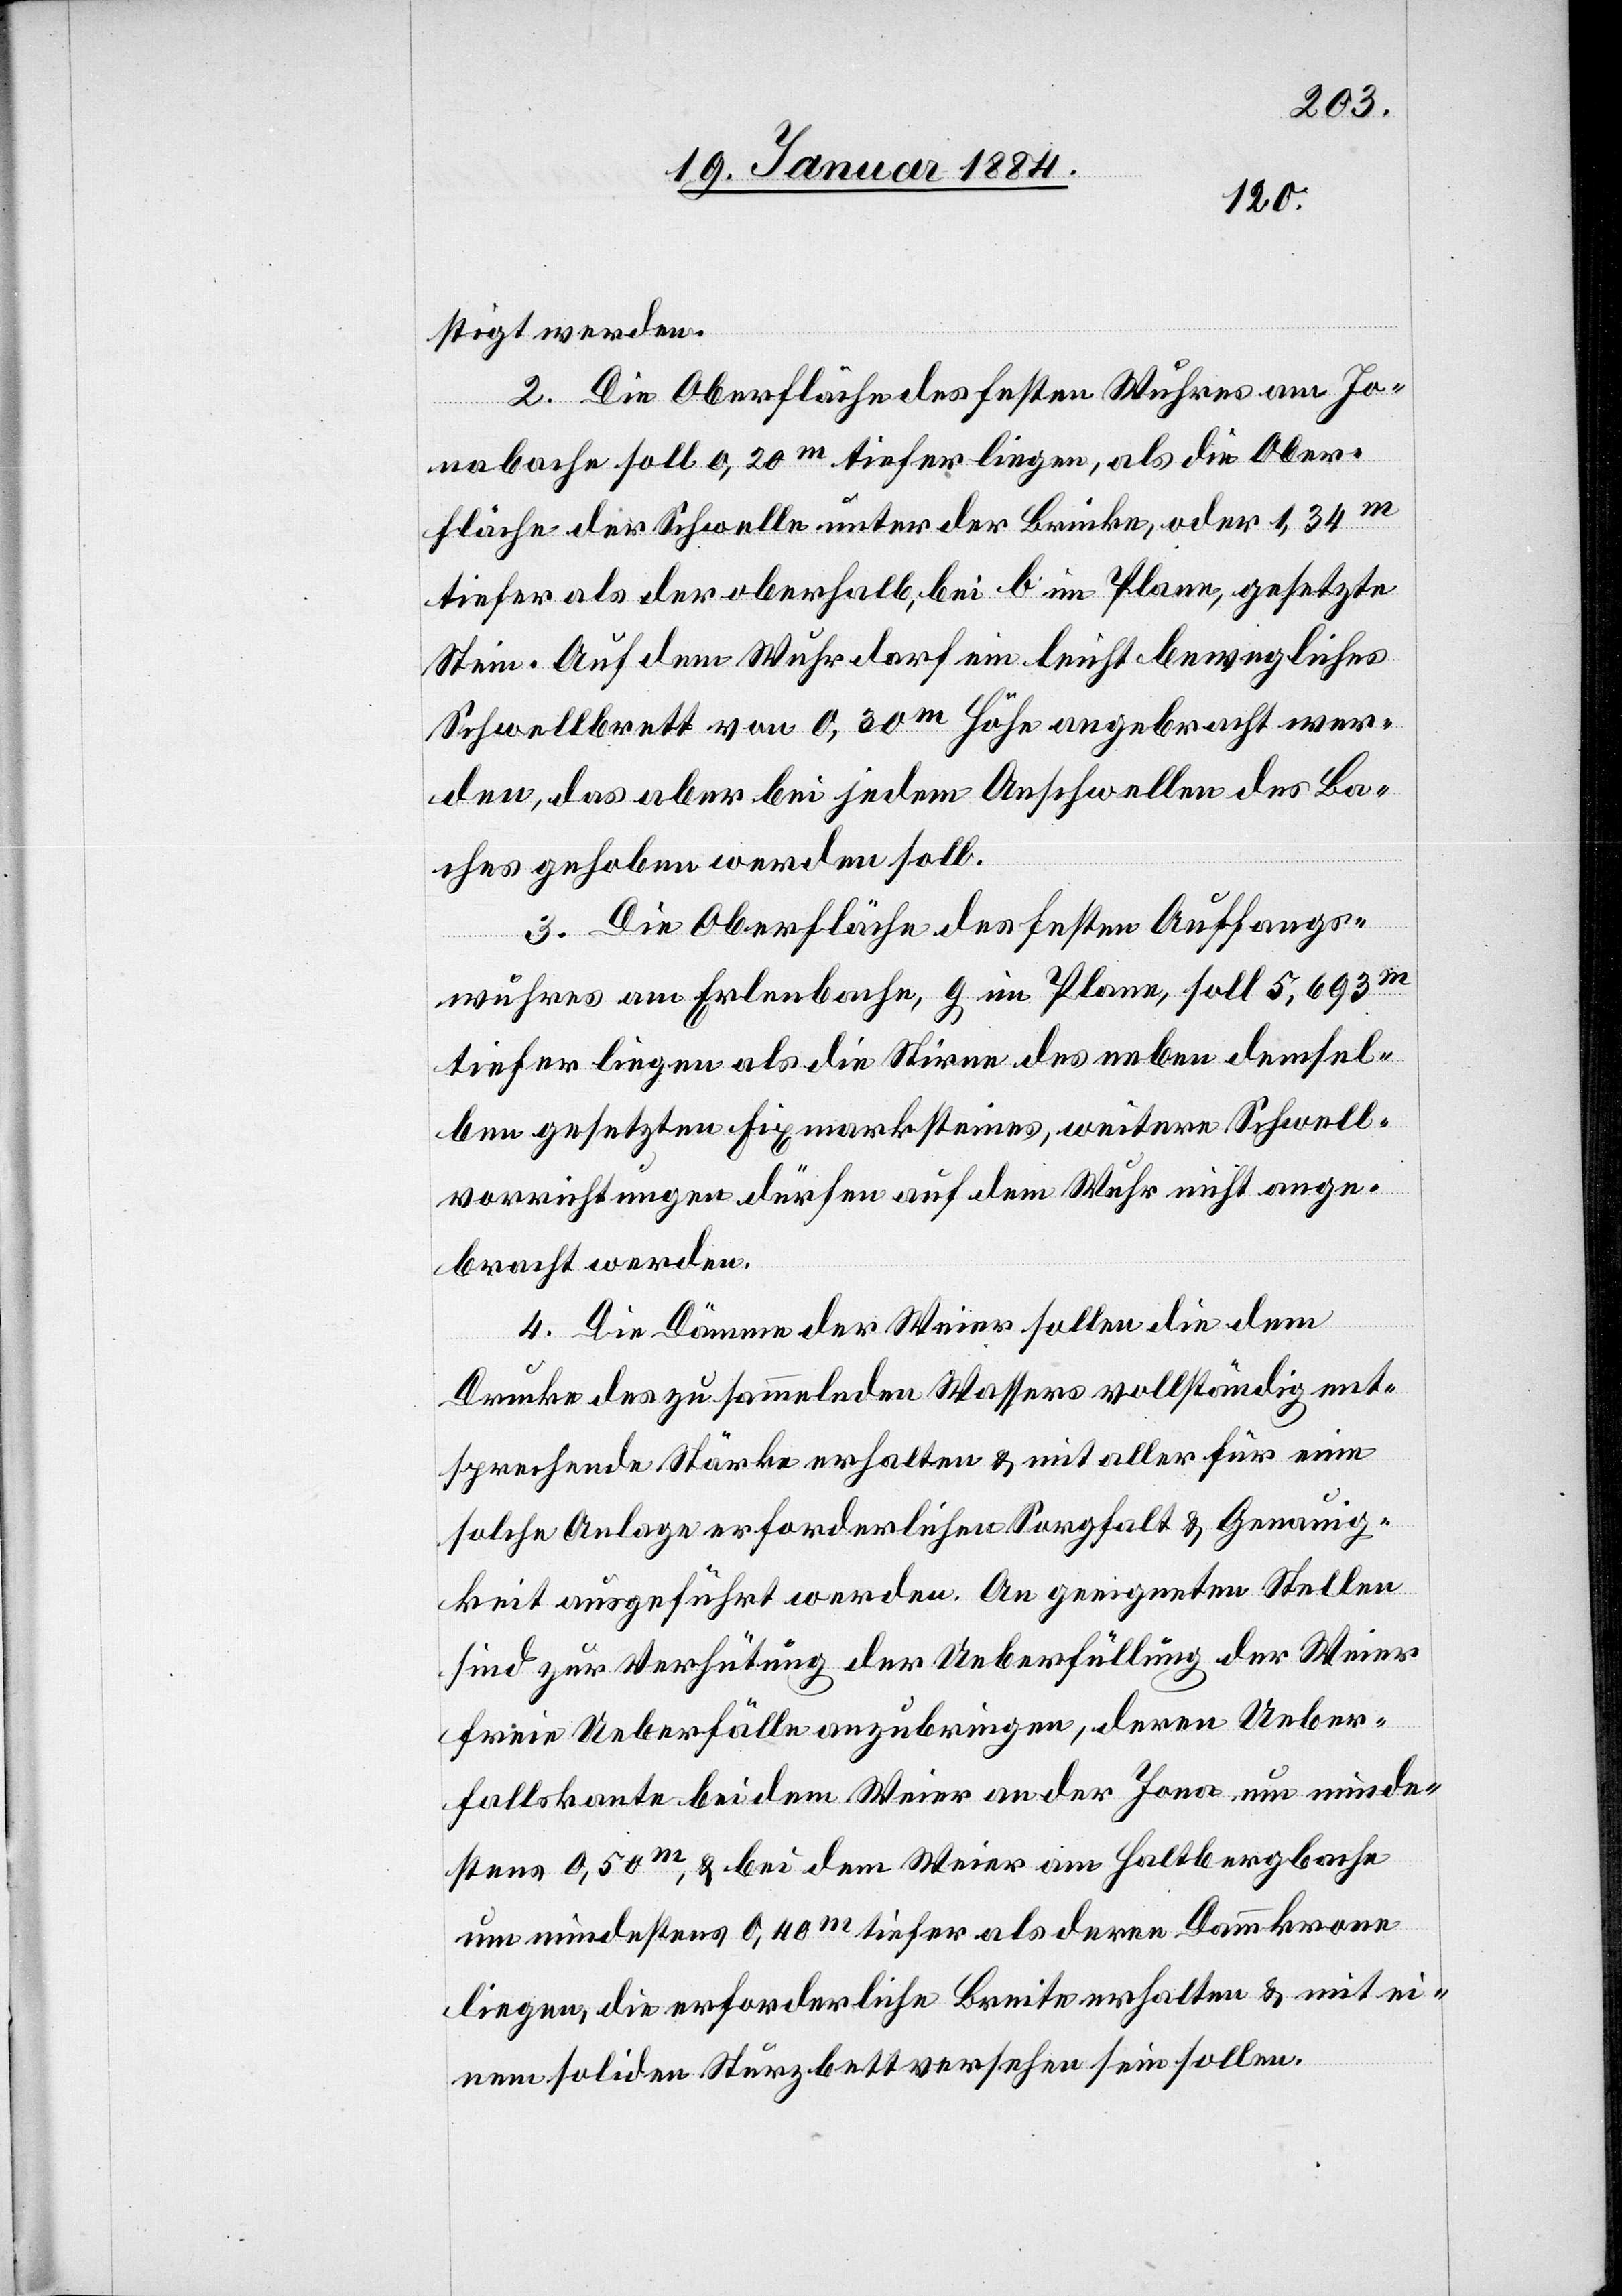
stigt werden.
2. Die Oberfläche des festen Wuhres am Jo¬
nabache soll 0,20m tiefer liegen, als die Ober¬
fläche der Schwelle unter der Brücke, oder 1,34m
tiefer als der oberhalb, bei B im Plane, gesetzte
Stein. Auf dem Wuhr darf ein leicht bewegliches
Schwellbrett von 0,30m Höhe angebracht wer¬
den, das aber bei jedem Anschwellen des Ba¬
chs gehoben werden soll.
3. Die Oberfläche des festen Auffangs¬
wuhres am Erlenbache, G im Plane, soll 5,693m
tiefer liegen als die Stirne des neben demsel¬
ben gesetzten Fixmarksteines, weitere Schwell¬
vorrichtungen dürfen auf dem Wuhr nicht ange¬
bracht werden.
4. Die Dämme der Weier sollen die dem
Drucke des zu sammelnden Wassers vollständig ent¬
sprechende Stärke erhalten & mit aller für eine
solche Anlage erforderlichen Sorgfalt & Genauig¬
keit ausgeführt werden. An geeigneten Stellen
sind zur Verhütung der Ueberfüllung der Weier
freie Ueberfälle anzubringen, deren Ueber¬
fallskante bei dem Weier an der Jona, um minde¬
stens 0,50m, & bei dem Weier am Haltbergbache
um mindestens 0,40m tiefer als deren Dammkrone
liegen, die erforderliche Breite erhalten & mit ei¬
nem soliden Sturzbrett versehen sein sollen.